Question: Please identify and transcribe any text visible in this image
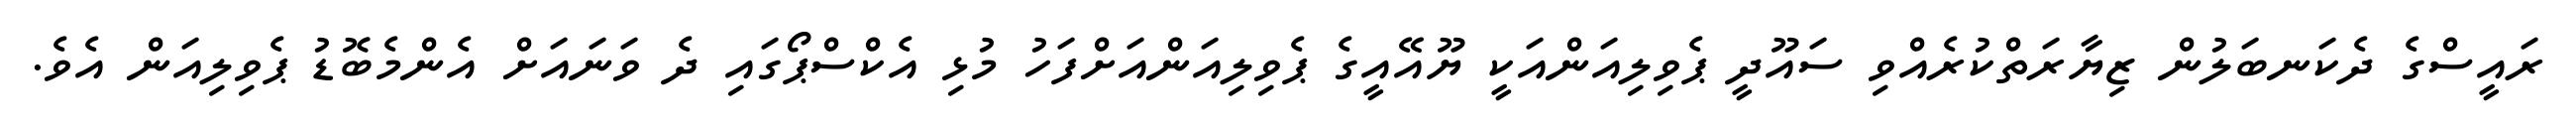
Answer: ރައީސްގެ ދެކަނބަލުން ޒިޔާރަތްކުރެއްވި ސައޫދީ ޕެވިލިއަންއަކީ ޔޫއޭއީގެ ޕެވިލިއަންއަށްފަހު މުޅި އެކްސްޕޯގައި ދެ ވަނައަށް އެންމެބޮޑު ޕެވިލިއަން އެވެ.